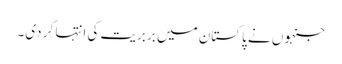
جنہوں نے پاکستان میں بربریت کی انتہا کر دی۔